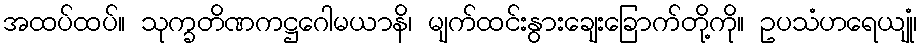
အထပ်ထပ်။ သုက္ခတိဏကဋ္ဌဂေါမယာနိ၊ မျက်ထင်းနွားချေးခြောက်တို့ကို။ ဥပသံဟရေယျုံ၊